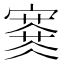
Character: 𡫜